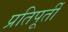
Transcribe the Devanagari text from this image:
प्रतिपूर्ती